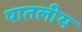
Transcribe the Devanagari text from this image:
पातलीय